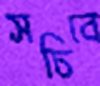
সচিবে